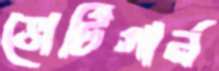
ভোর্টিগার্ন